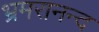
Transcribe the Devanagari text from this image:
भ्रमरानन्‍द